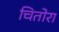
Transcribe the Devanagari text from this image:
चितोरा